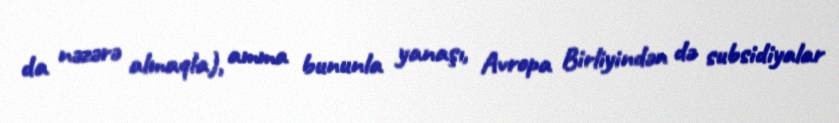
da nəzərə almaqla), amma bununla yanaşı, Avropa Birliyindən də subsidiyalar